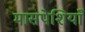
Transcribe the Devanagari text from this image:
मासपेशियाँ